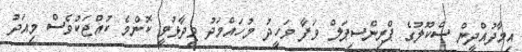
އިމާދުއްދީން ސްކޫލުގެ ޕްރިންސިޕަލް ވަފާ ވަހީދު މުހައްމަދު ވިދާޅުވީ ކޮންމެ ކުއްޖަކުވެސް މިއަދު